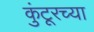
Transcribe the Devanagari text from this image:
कुंटूरच्या